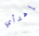
إهدأي